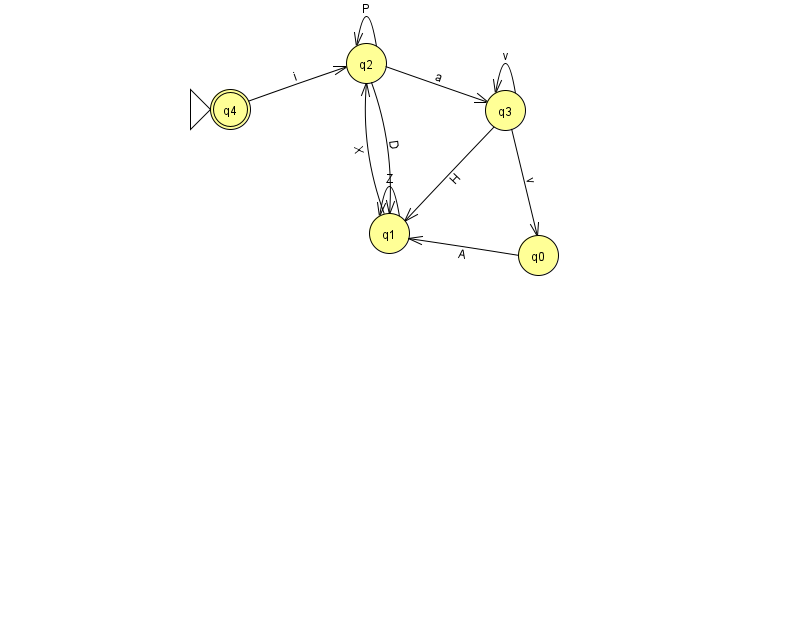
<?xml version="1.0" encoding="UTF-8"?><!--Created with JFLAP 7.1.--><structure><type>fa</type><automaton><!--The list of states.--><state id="0" name="q0"><x>538.0</x><y>242.0</y></state><state id="1" name="q1"><x>389.0</x><y>220.0</y></state><state id="2" name="q2"><x>366.0</x><y>50.0</y></state><state id="3" name="q3"><x>505.0</x><y>97.0</y></state><state id="4" name="q4"><x>230.0</x><y>96.0</y><initial/><final/></state><!--The list of transitions.--><transition><from>2</from><to>2</to><read>P</read></transition><transition><from>2</from><to>1</to><read>D</read></transition><transition><from>0</from><to>1</to><read>A</read></transition><transition><from>3</from><to>1</to><read>H</read></transition><transition><from>4</from><to>2</to><read>i</read></transition><transition><from>3</from><to>3</to><read>v</read></transition><transition><from>1</from><to>1</to><read>Z</read></transition><transition><from>1</from><to>2</to><read>X</read></transition><transition><from>2</from><to>3</to><read>a</read></transition><transition><from>3</from><to>0</to><read>v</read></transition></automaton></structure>